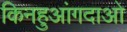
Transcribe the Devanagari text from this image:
किनहुआंगदाओ